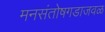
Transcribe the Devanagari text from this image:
मनसंतोषगडाजवळ